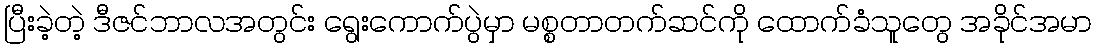
ပြီးခဲ့တဲ့ ဒီဇင်ဘာလအတွင်း ရွေးကောက်ပွဲမှာ မစ္စတာတက်ဆင်ကို ထောက်ခံသူတွေ အခိုင်အမာ